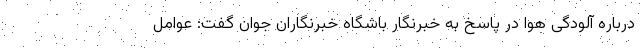
درباره آلودگی هوا در پاسخ به خبرنگار باشگاه خبرنگاران جوان گفت: عوامل